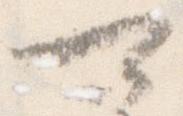
可